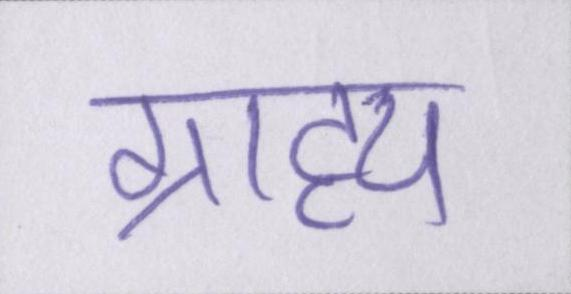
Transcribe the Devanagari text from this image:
ग्राह्य